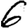
Digit: 6